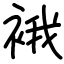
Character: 𧚄